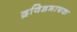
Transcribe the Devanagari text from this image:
द्रविडभाषक